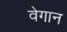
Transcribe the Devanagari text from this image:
वेगान